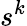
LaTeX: s^{k}